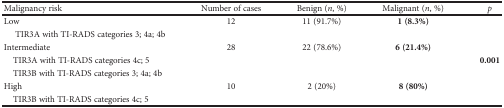
<table><thead><tr><td><b>Malignancy risk</b></td><td><b>Number of cases</b></td><td><b>Benign (<i>n</i>, %)</b></td><td><b>Malignant (<i>n</i>, %)</b></td><td><b><i>p</i></b></td></tr></thead><tbody><tr><td>Low</td><td>12</td><td>11 (91.7%)</td><td><b>1 (8.3%)</b></td><td rowspan="7"><b>0.001</b></td></tr><tr><td>TIR3A with TI-RADS categories 3; 4a; 4b</td></tr><tr><td>Intermediate</td><td>28</td><td>22 (78.6%)</td><td><b>6 (21.4%)</b></td></tr><tr><td> TIR3A with TI-RADS categories 4c; 5</td></tr><tr><td> TIR3B with TI-RADS categories 3; 4a; 4b</td></tr><tr><td>High</td><td>10</td><td>2 (20%)</td><td><b>8 (80%)</b></td></tr><tr><td> TIR3B with TI-RADS categories 4c; 5</td></tr></tbody></table>